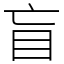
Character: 盲